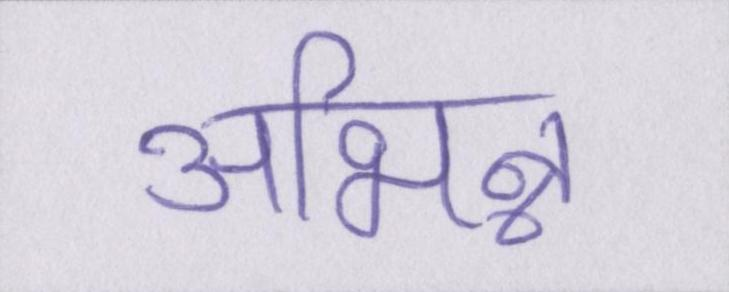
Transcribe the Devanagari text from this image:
अभिन्न